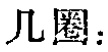
几圈：